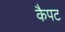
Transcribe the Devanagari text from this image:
कैपट